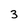
Character: 3